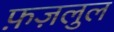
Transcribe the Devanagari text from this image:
फ़ज़लुल